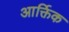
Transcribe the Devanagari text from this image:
आर्क्तिक